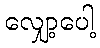
လျှော့ပေါ့